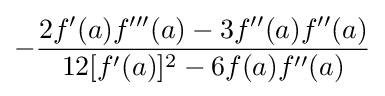
-{\frac {2f'(a)f'''(a)-3f''(a)f''(a)}{12[f'(a)]^{2}-6f(a)f''(a)}}